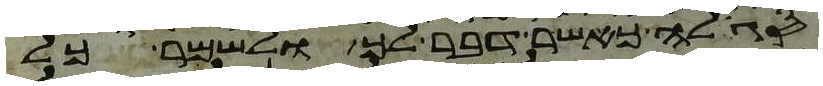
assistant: סגלה כאשר דבר לך ולשמר כל